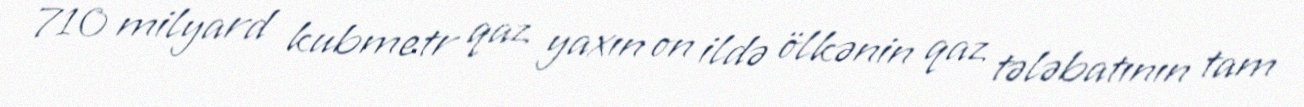
710 milyard kubmetr qaz yaxın on ildə ölkənin qaz tələbatının tam